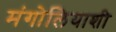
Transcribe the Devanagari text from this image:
मंगोलियाशी